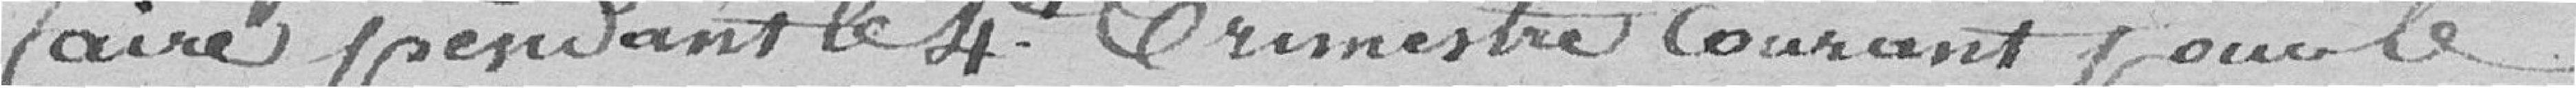
faire pendant le 4ème trimestre courant pour le